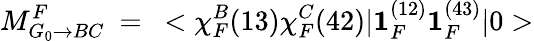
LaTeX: M_{G_{0}\rightarrow BC}^{F}~=~<\chi_{F}^{B}(13)\chi_{F}^{C}(42)|{\mathbf{1}}_{F}^{(12)}{\mathbf{1}}_{F}^{(43)}|0>